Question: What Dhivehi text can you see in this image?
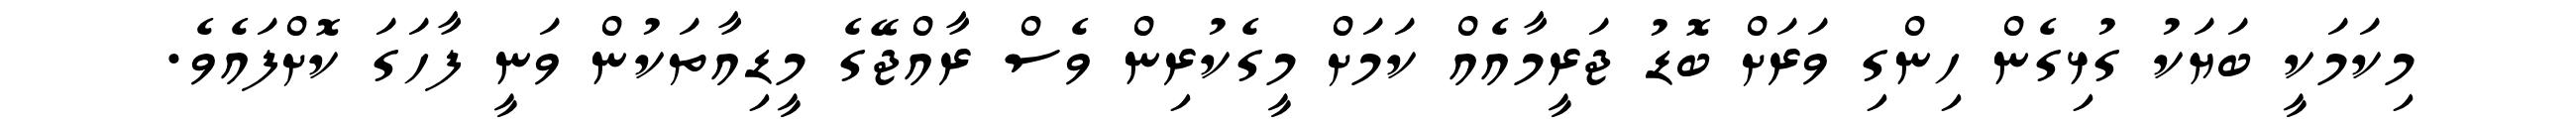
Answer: މިކަމަކީ ބަޔަކު ގުޅިގެން ހިންގި ވަރަށް ބޮޑު ޖަރީމާއެއް ކަމަށް މީގެކުރިން ވެސް ރާއްޖޭގެ މީޑިއާތަކުން ވަނީ ފާހަގަ ކޮށްފައެވެ.